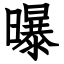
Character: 曝